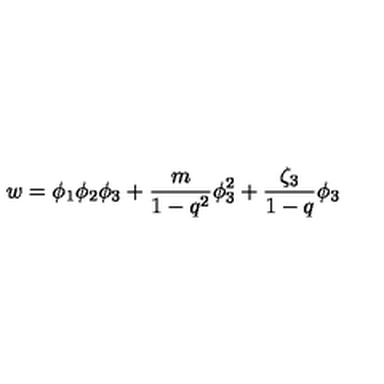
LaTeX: w = \phi _ { 1 } \phi _ { 2 } \phi _ { 3 } + \frac { m } { 1 - q ^ { 2 } } \phi _ { 3 } ^ { 2 } + \frac { \zeta _ { 3 } } { 1 - q } \phi _ { 3 }